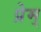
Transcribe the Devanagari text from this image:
प्रेम्